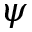
\psi